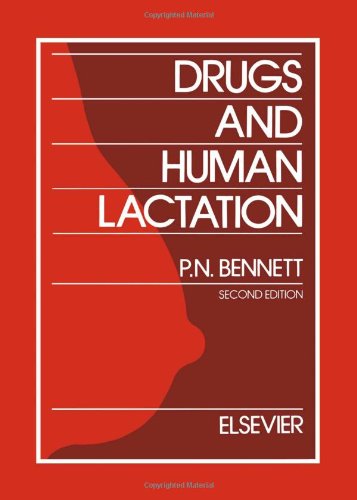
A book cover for Drugs and Human Lactation, Second Edition: A comprehensive guide to the content and consequences of drugs, micronutrients, radiopharmaceuticals and ... and occupational chemicals in human milk; A. Astrup-Jensen; Medical Books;